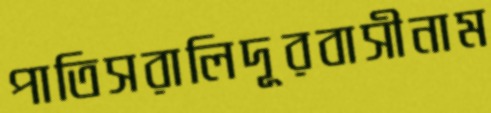
পাতিসরালিদূরবাসীনাম